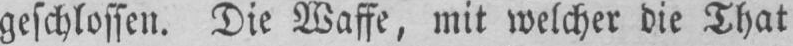
geschlossen. Die Waffe, mit welcher die That